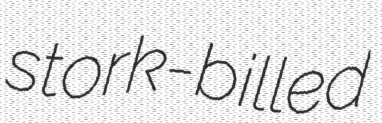
stork-billed